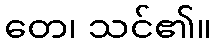
တေ၊ သင်၏။